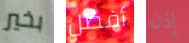
بخير أفضل إذن